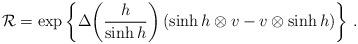
LaTeX: \begin{align*}{\cal R}=\exp\left\{\Delta\!\left(\frac{h}{\sinh h}\right)(\sinh h\otimes v-v\otimes \sinh h)\right\}\,. \end{align*}